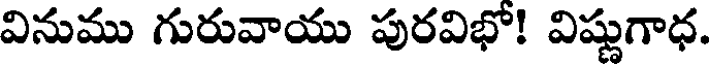
వినుము గురువాయు పురవిభో! విష్ణుగాధ.